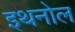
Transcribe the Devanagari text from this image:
इथनोल